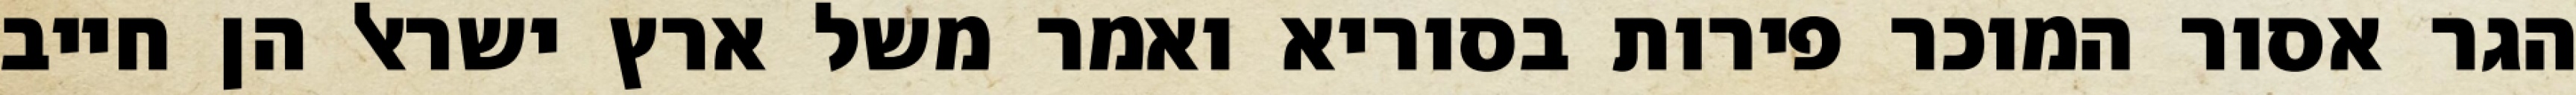
הגר אסור המוכר פירות בסוריא ואמר משל ארץ ישראל הן חייב